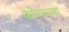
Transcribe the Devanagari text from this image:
कोथळ्या